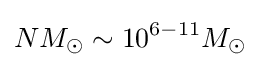
NM_{\odot }\sim 10^{6-11}M_{\odot }